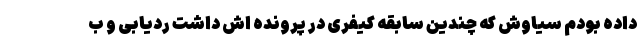
داده بودم سیاوش که چندین سابقه کیفری در پرونده اش داشت ردیابی و ب